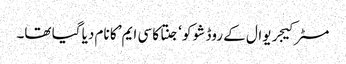
مسٹر کیجریوال کے روڈ شو کو ‘جنتا کا سی ایم’ کا نام دیا گیا تھا۔